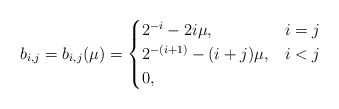
\begin{align*}b_{i,j} = b_{i,j}(\mu) =\begin{cases}2^{-i} - 2i \mu,& i = j \\ 2^{-(i+1)} - (i + j)\mu,& i < j \\0, & \end{cases}\end{align*}